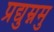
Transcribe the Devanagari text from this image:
प्रद्युम्नमु